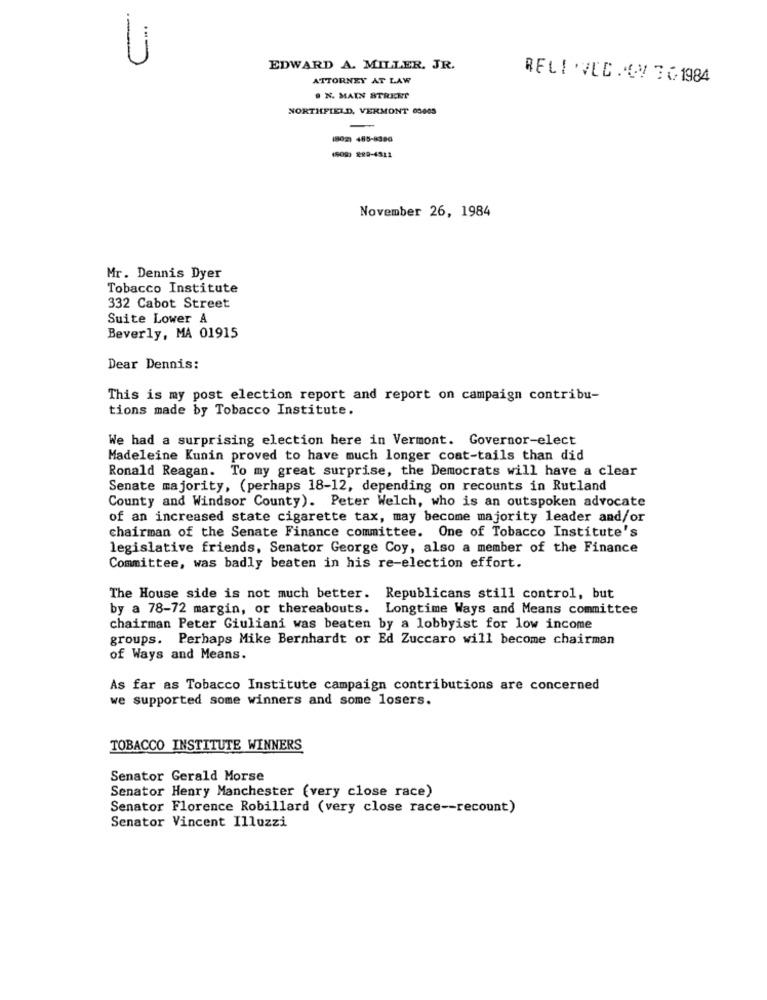
U
EDWARD A. MILLER, JR.
ATTORNEY AT LAW
RELI .VED . WY 3 61984
. N. MAIN STREET
NORTHFIELD, VERMONT 03685
1802) 485-8386
4508) 299-4511
November 26, 1984
Mr. Dennis Dyer
Tobacco Institute
332 Cabot Street
Suite Lower A
Beverly, MA 01915
Dear Dennis:
This is my post election report and report on campaign contribu-
tions made by Tobacco Institute.
We had a surprising election here in Vermont. Governor-elect
Madeleine Kunin proved to have much longer coat-tails than did
Ronald Reagan. To my great surprise, the Democrats will have a clear
Senate majority, (perhaps 18-12, depending on recounts in Rutland
County and Windsor County). Peter Welch, who is an outspoken advocate
of an increased state cigarette tax, may become majority leader and/or
chairman of the Senate Finance committee. One of Tobacco Institute's
legislative friends, Senator George Coy, also a member of the Finance
Committee, was badly beaten in his re-election effort.
The House side is not much better. Republicans still control, but
by a 78-72 margin, or thereabouts. Longtime Ways and Means committee
chairman Peter Giuliani was beaten by a lobbyist for low income
groups. Perhaps Mike Bernhardt or Ed Zuccaro will become chairman
of Ways and Means.
As far as Tobacco Institute campaign contributions are concerned
we supported some winners and some losers.
TOBACCO INSTITUTE WINNERS
Senator Gerald Morse
Senator Henry Manchester (very close race)
Senator Florence Robillard (very close race -- recount)
Senator Vincent Illuzzi